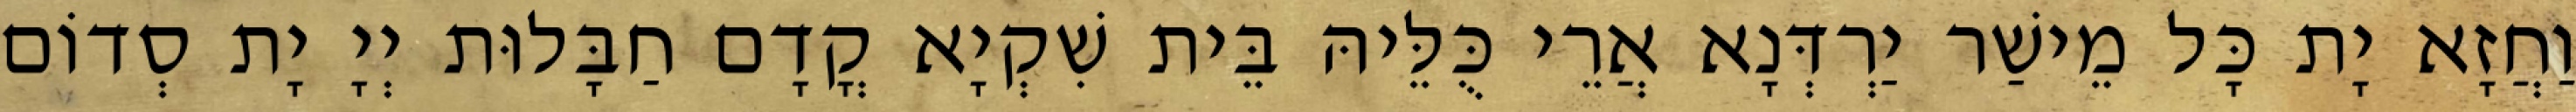
וַחֲזָא יָת כָּל מֵישַׁר יַרְדְּנָא אֲרֵי כֻּלֵּיהּ בֵּית שִׁקְיָא קֳדָם חַבָּלוּת יְיָ יָת סְדוֹם